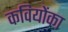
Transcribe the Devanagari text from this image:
कवियोंका